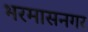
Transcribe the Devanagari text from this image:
भरमासनगर